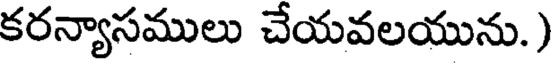
కరన్యాసములు చేయవలయును.)